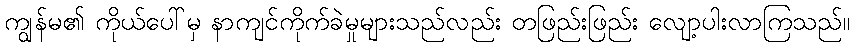
ကျွန်မ၏ ကိုယ်ပေါ်မှ နာကျင်ကိုက်ခဲမှုများသည်လည်း တဖြည်းဖြည်း လျော့ပါးလာကြသည်။